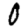
Digit: 0